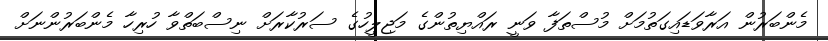
މެންބަރުން އަރާވަޑައިގަތުމަށް މުސްތަފާ ވަނީ ރައްޔިތުންގެ މަޖިލީހުގެ ސަރުކާރަށް ނިސްބަތްވާ ހުރިހާ މެންބަރުންނަށް